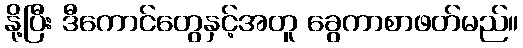
နို့ပြီး ဒီကောင်တွေနှင့်အတူ ခွေကာစာဖတ်မည်။